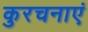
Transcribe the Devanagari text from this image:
कुरचनाएं